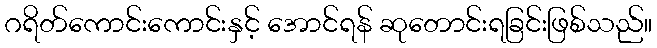
ဂရိတ်ကောင်းကောင်းနှင့် အောင်ရန် ဆုတောင်းရခြင်းဖြစ်သည်။